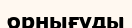
орнығуды